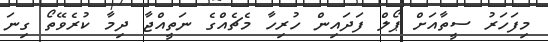
މިފަހަރު ސީތާއަށް ޕޯލް ފަދައިން ހުރިހާ މެޗެއްގެ ނަތީއްޖާ ދިމާ ކުރެވޭތޯ ގިނަ